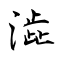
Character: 澁